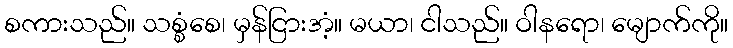
စကားသည်။ သစ္စံစေ၊ မှန်ငြားအံ့။ မယာ၊ ငါသည်။ ဝါနရော၊ မျောက်ကို။